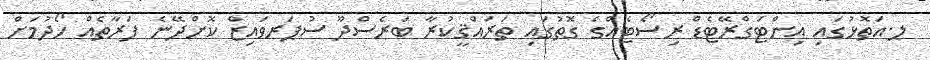
ލ.އަތޮޅުގައި އިންޓަގްރޭޓެޑް ރިސޯޓެއްގެ ގޮތުގައި ތަރައްޤީކުރާ ބަރެސްދޫ ސުޕަރވައިޒް ކޮށްދޭނެ ފަރާތެއް ހޯދުމަށް